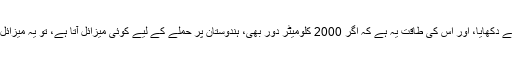
ہندوستان کے سائنسدانوں نے یہ کرکے دکھایا، اور اس کی طاقت یہ ہے کہ اگر 2000 کلومیٹر دور بھی، ہندوستان پر حملے کے لیے کوئی میزائل آتا ہے، تو یہ میزائل خلاء میں ہی اس کو تباہ کر دیتا ہے۔